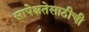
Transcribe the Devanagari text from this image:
सापेक्षतेसाठीची